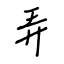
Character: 弄